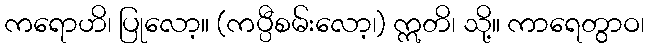
ကရောဟိ၊ ပြုလော့။ (ကပ္ပီစမ်းလော့၊) ဣတိ၊ သို့။ ကာရေတွာဝ၊